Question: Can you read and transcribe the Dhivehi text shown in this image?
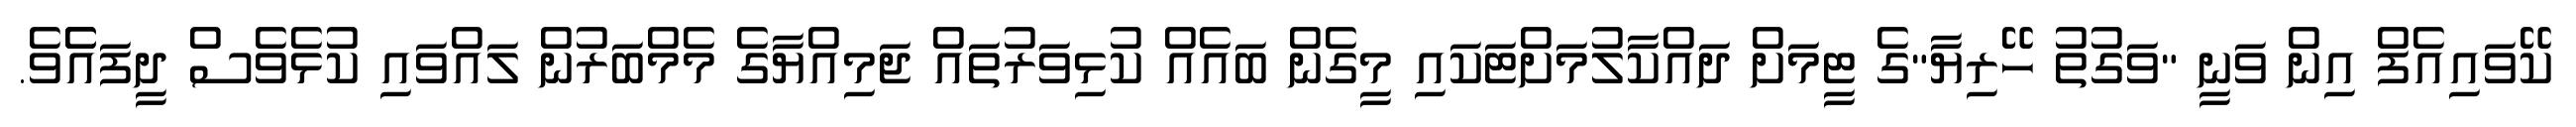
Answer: ކޭވައިއެފް އިން ވަނީ "ވަގުތު ހޭރިޔާ"ގެ ޓީމަށް ދައްކާލުމަށްޓަކައި މީގެން ބައެއް ކުޅިވަރުތައް ޖަމިއްޔާގެ މެމްބަރުން ލައްވައި ކުޅެވެސް ދީފައެެވެ.